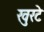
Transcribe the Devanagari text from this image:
खुरटे